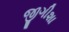
જીગીશા